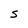
Character: S